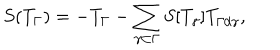
LaTeX: S ( T _ { \Gamma } ) = - T _ { \Gamma } - \sum _ { \gamma \subset \Gamma } S [ T _ { \gamma } ] T _ { \Gamma / \gamma } ,